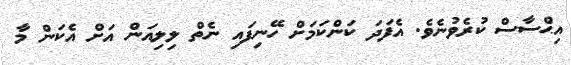
އިޙްސާސް ކުރެވުނެވެ. އެފަދަ ކަަންކަމަށް ހޭނިފައި ނެތް ލިލިއަން އަށް އެކަން މާ